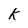
Character: k